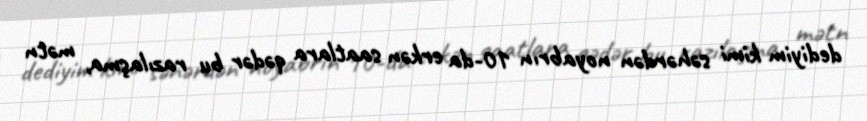
dediyim kimi səhərdən noyabrın 10-da erkən saatlara qədər bu razılaşma, mətn